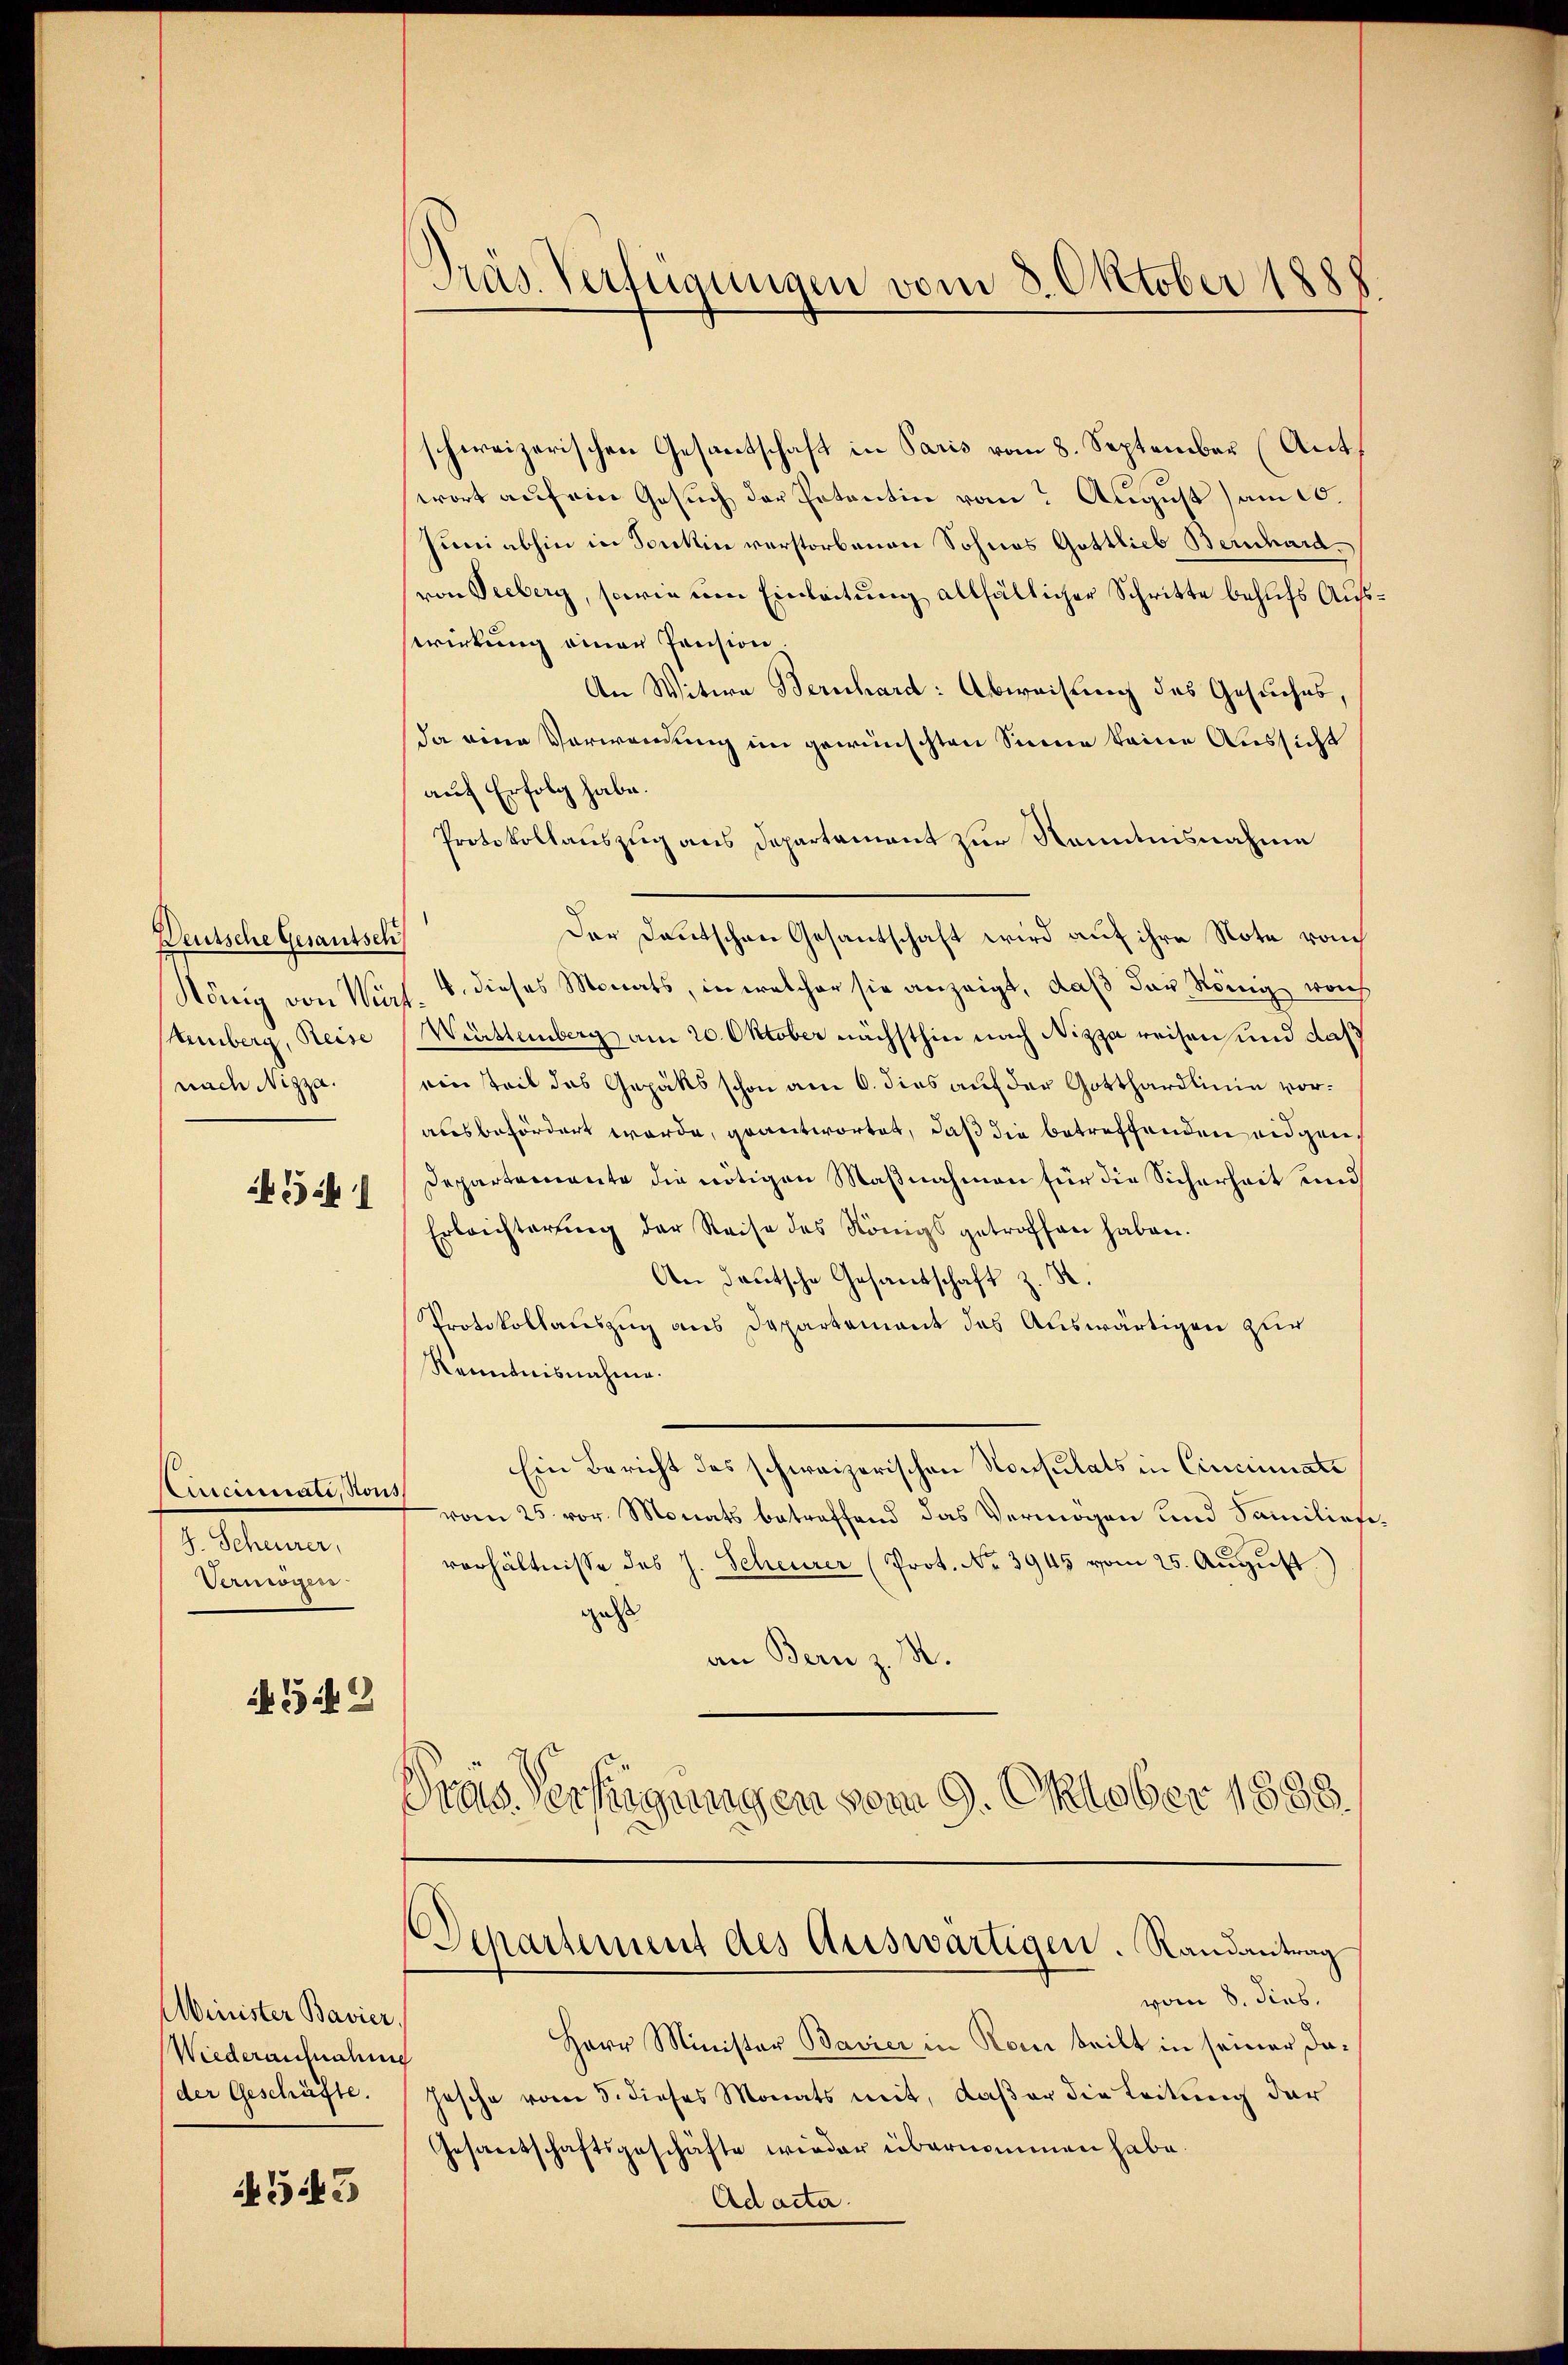
Deutsche Gesantsch
Hemberg, Reise
nach Nizza.

3

Circumnate, Nous
J. Scheurer,
Vermögen

N 542

Minister Bavier.
Wiederaufnahme
(der Geschäfte.

543

Präs. Verfügungen vom 8. Oktober 1881

schweizerischen Gesandtschaft in Paris vom 8. September (Antwort auf ein Gesuch der Petentin vom August) am 10.
Juniabhin in Forkin verstorbenen Sohnes Gottlieb Bernhardvon Seeberg, sowie um Einleitung allfältiger Schritte behufs Auss
wirkung einer Pension.
An Witwe Bernhard: Abweisung des Gesuches,
da eine Verwendung im gewünschten Sinner keine Aussicht
auf Erfolg habe.
Protokollauszug aus Departament zur Kenntnisnahme
Der Deutschen Gesantschaft wird auf ihre Note vom
König von Würt. 8. dieses Monats, in welcher sie anzeigt, daß das König von
Württemberg am 20. Oktober nächsthin nach Nizza reisen und daß
ein teil das Gepäts schon am 6. dies auf der Gotthardlinie voraus befördert werde, geantwortet, daß die betreffenden eidgen.
Departemente die nötigen Maßnahmen für die Sicherheit und
Erleichterung der Reise des Königs getroffen haben.
An deutsche Gesandschaft z. B.
Protokollauszug aus Departement des Auswärtigen zur
Kenntnisnahme.
Ein Bericht des schweizerischen Konsulats in Cincinuati
vom 25. vor. Monats betreffend das Vermögen und Familier
verhältnisse des J. Scheurer (Prot. No 3945 vom 25. Aŭgŭst
ges
an Bern z. R.
Preis. Verfügungen vom 9. Oktober 1888.
Departement des Auswärtigen. Randantrag
vom 8. dies
Herr Minister Bavier in Rom teilt in seiner dahasche vom 5. dieses Monats mit, daß er die Leitung der
Gesantschaftsgeschäfte wieder übernommen habe.
Ad acta.